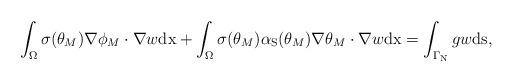
LaTeX: \begin{align*}\int_\Omega\sigma (\theta_M)\nabla\phi_M\cdot\nabla w\mathrm{dx} + \int_\Omega \sigma (\theta_M) \alpha_\mathrm{S}(\theta_M)\nabla\theta_M \cdot \nabla w \mathrm{dx}=\int_{\Gamma_\mathrm{N}} g w \mathrm{ds} ,\end{align*}